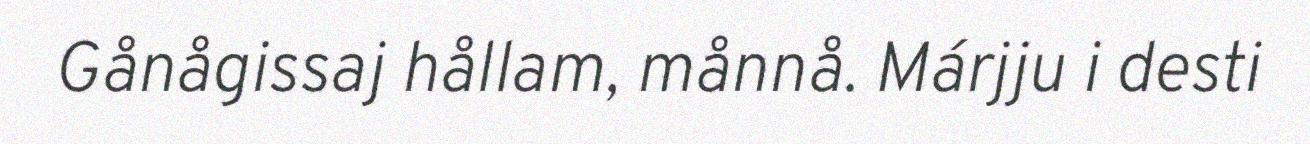
Gånågissaj hållam, månnå. Márjju i desti